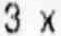
3 X